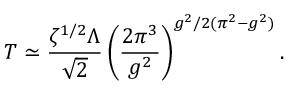
T \simeq \frac { \zeta ^ { 1 / 2 } \Lambda } { \sqrt { 2 } } \left( \frac { 2 \pi ^ { 3 } } { g ^ { 2 } } \right) ^ { g ^ { 2 } / 2 ( \pi ^ { 2 } - g ^ { 2 } ) } .